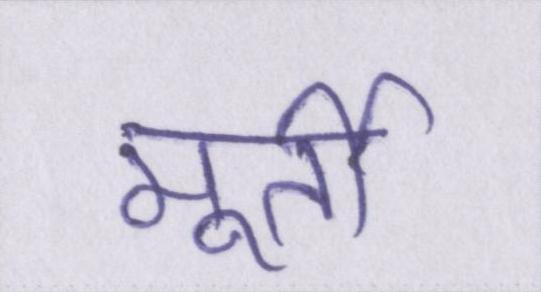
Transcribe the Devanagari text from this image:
मूर्ती